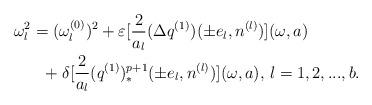
LaTeX: \begin{align*}\omega_l^2&=(\omega_l^{(0)})^2+\varepsilon[\frac{2}{a_l}(\Delta q^{(1)})(\pm e_l,n^{(l)})](\omega,a)\\&\ \ +\delta[\frac{2}{a_l}(q^{(1)})_{*}^{p+1}(\pm e_l,n^{(l)})](\omega,a), \, \l= 1, 2, ..., b.\end{align*}